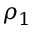
\rho _ { 1 }